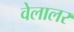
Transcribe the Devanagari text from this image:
वेलालर